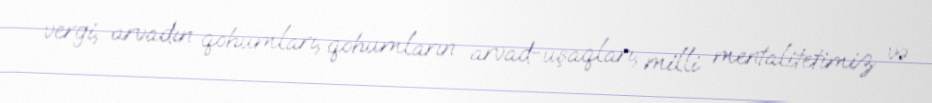
vergi, arvadın qohumları, qohumların arvad-uşaqları, milli mentalitetimiz və